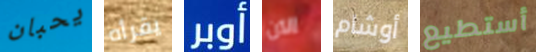
يحبان يقرأه أوبر الآن أوشام أستطيع